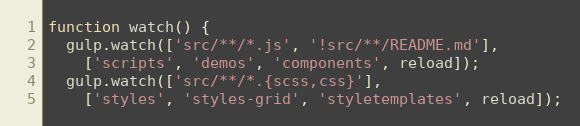
Language: JavaScript
function watch() {
  gulp.watch(['src/**/*.js', '!src/**/README.md'],
    ['scripts', 'demos', 'components', reload]);
  gulp.watch(['src/**/*.{scss,css}'],
    ['styles', 'styles-grid', 'styletemplates', reload]);